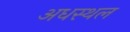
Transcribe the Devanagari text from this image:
अधस्थल